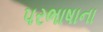
પરભાષાના